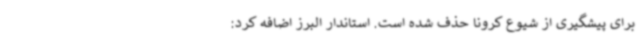
برای پیشگیری از شیوع کرونا حذف شده است. استاندار البرز اضافه کرد: